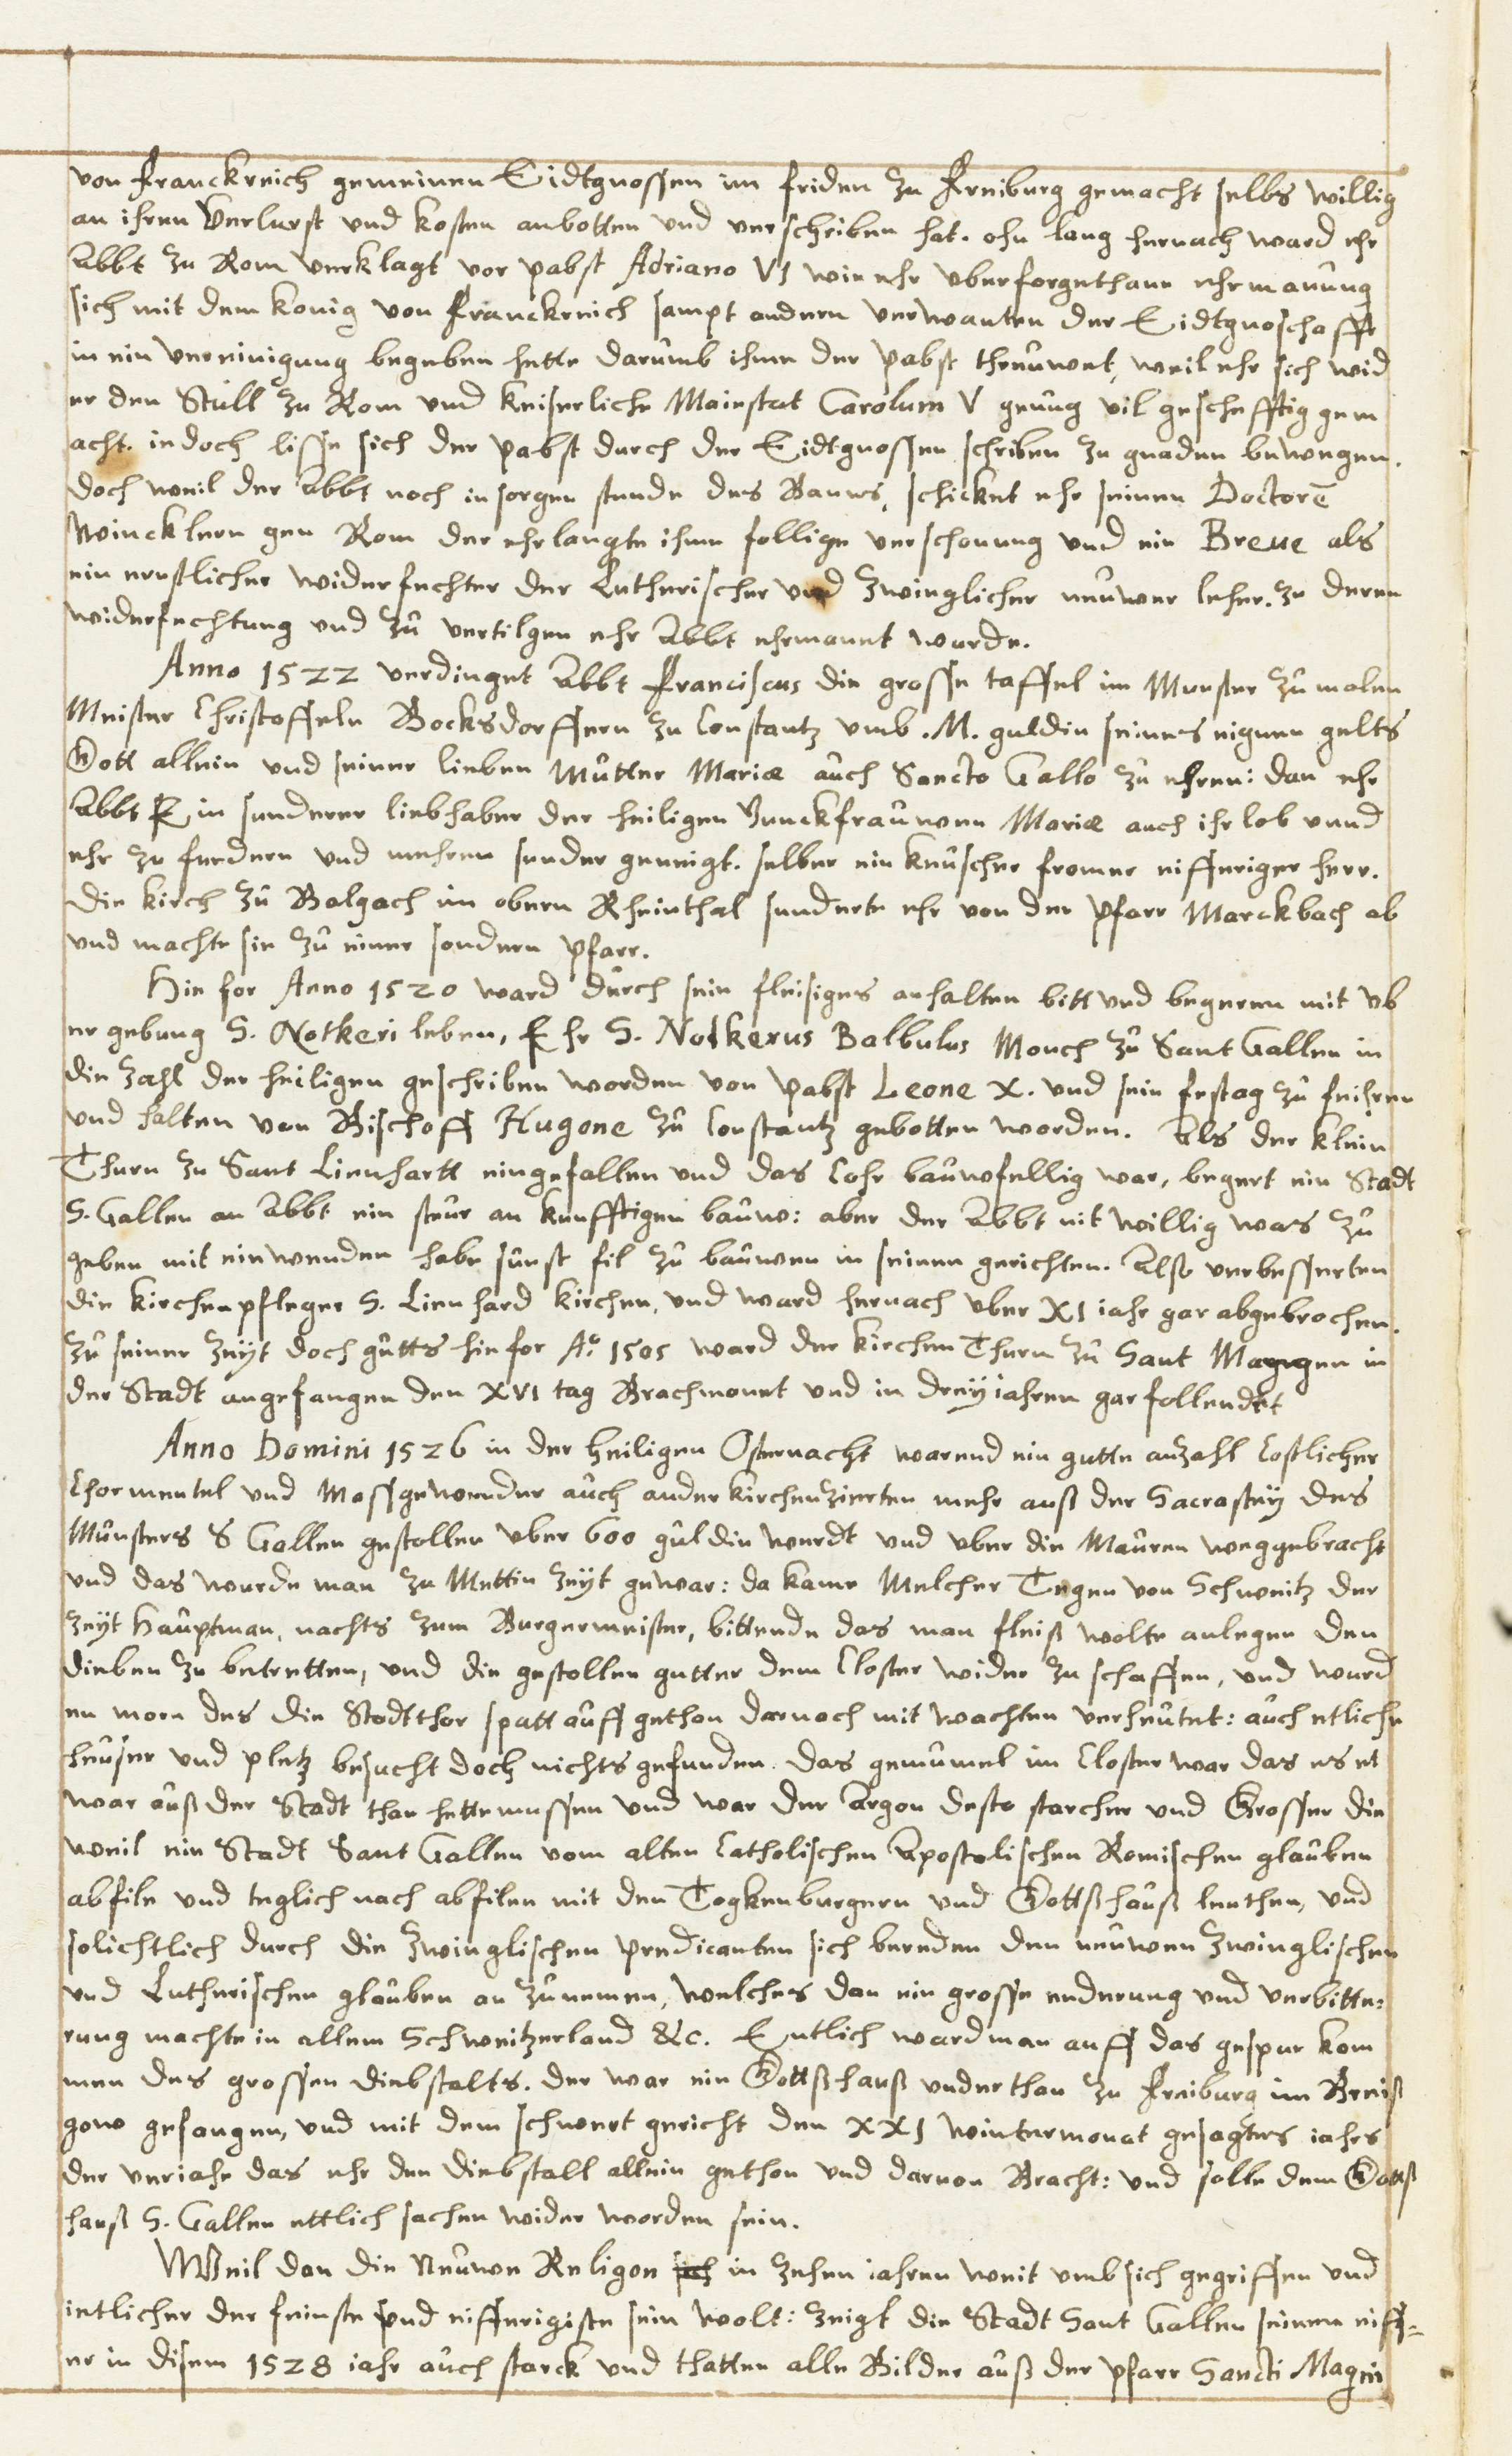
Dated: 1630–1680